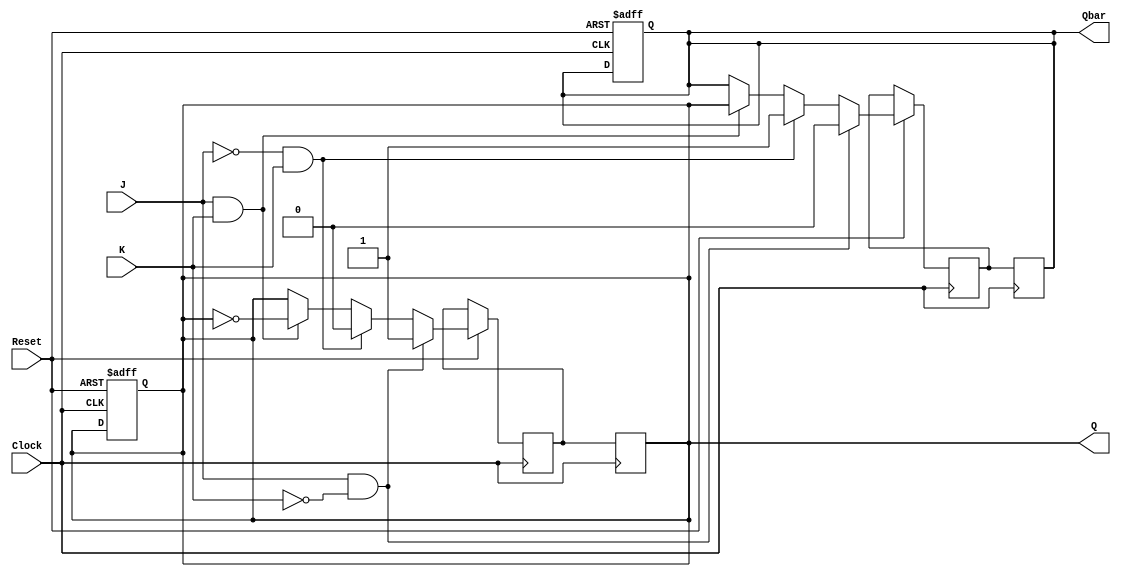
module neg_edge_jk_ff(
    input wire J,
    input wire K,
    input wire Clock,
    input wire Reset,
    output reg Q,
    output reg Qbar
);

reg Q_next;
reg Qbar_next;

always @ (posedge Clock or negedge Reset) begin
    if(Reset == 0) begin
        Q <= 1'b0;
        Qbar <= 1'b1;
    end else begin
        if(J && !K) begin
            Q_next <= 1'b1;
            Qbar_next <= 1'b0;
        end else if(!J && K) begin
            Q_next <= 1'b0;
            Qbar_next <= 1'b1;
        end else if(J && K) begin
            Q_next <= ~Q;
            Qbar_next <= Q;
        end else begin
            // No Change
            Q_next <= Q;
            Qbar_next <= Qbar;
        end
    end
end

always @ (negedge Clock) begin
    Q <= Q_next;
    Qbar <= Qbar_next;
end

endmodule